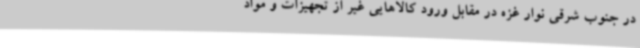
در جنوب شرقی نوار غزه در مقابل ورود کالاهایی غیر از تجهیزات و مواد